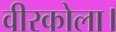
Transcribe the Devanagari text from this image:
वीरकोला।